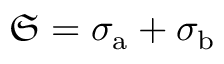
\mathfrak { S } = \sigma _ { \mathrm { a } } + \sigma _ { \mathrm { b } }